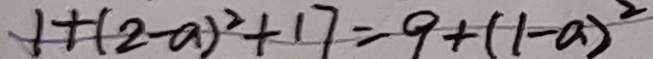
1 + ( 2 - a ) ^ { 2 } + 1 7 = 9 + ( 1 - a ) ^ { 2 }